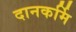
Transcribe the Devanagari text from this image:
दानकर्मि